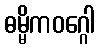
ဓမ္မိကဝဂ္ဂေါ